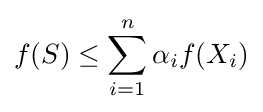
f(S)\leq \sum _{i=1}^{n}\alpha _{i}f(X_{i})